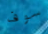
سوف